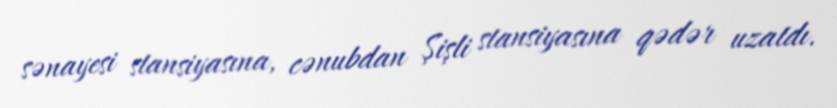
sənayesi stansiyasına, cənubdan Şişli stansiyasına qədər uzatdı.